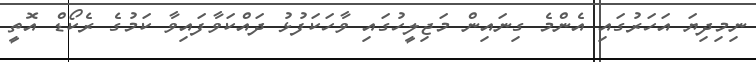
ނިމިދިޔަ އަހަރުގައި އެންމެ ގިނައިން މަޖިލީހުގައި ވާހަކަފުޅު ދައްކަވާފައިވާ ކަމުގެ ރެކޯޑް އޮތީ